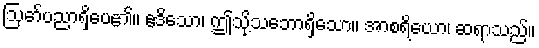
ဩော်ပညာရှိပေ၏။ ဧဒိသော၊ ဤသို့သဘောရှိသော။ အာစရိယော၊ ဆရာသည်။